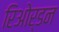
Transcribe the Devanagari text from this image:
रिओर्डन